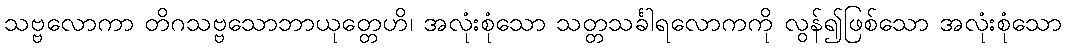
သဗ္ဗလောကာ တိဂသဗ္ဗသောဘာယုတ္တေဟိ၊ အလုံးစုံသော သတ္တသင်္ခါရလောကကို လွန်၍ဖြစ်သော အလုံးစုံသော